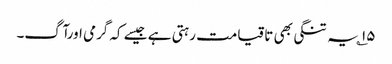
۱۵؎ یہ تنگی بھی تاقیامت رہتی ہے جیسے کہ گرمی اورآگ۔